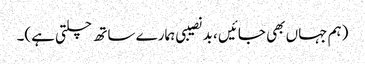
(ہم جہاں بھی جائیں ، بد نصیبی ہمارے ساتھ چلتی ہے)۔